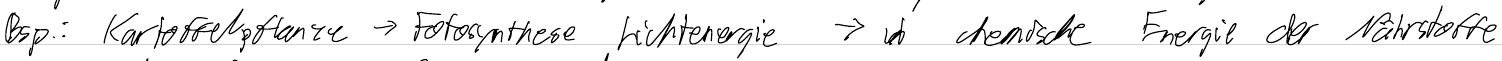
Bsp.: Kartoffelpflanze -> Fotosynthese Lichtenergie -> in chemische Energie der Nährstoffe